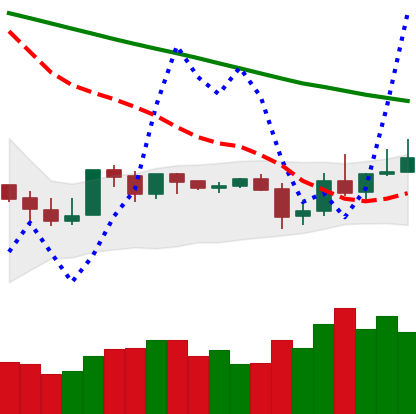
Ticker: XLM-USD
Chart end date: 2019-10-29
Forward return: 4.391%
Label: up_3_5